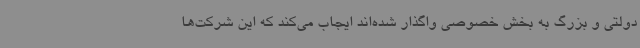
دولتی و بزرگ به بخش خصوصی واگذار شده‌اند ایجاب می‌کند که این شرکت‌ها